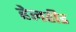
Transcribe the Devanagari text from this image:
हेलहीड